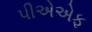
પીએએફ